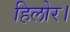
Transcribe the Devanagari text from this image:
हिलोर।